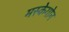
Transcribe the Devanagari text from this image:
मस्केगोन